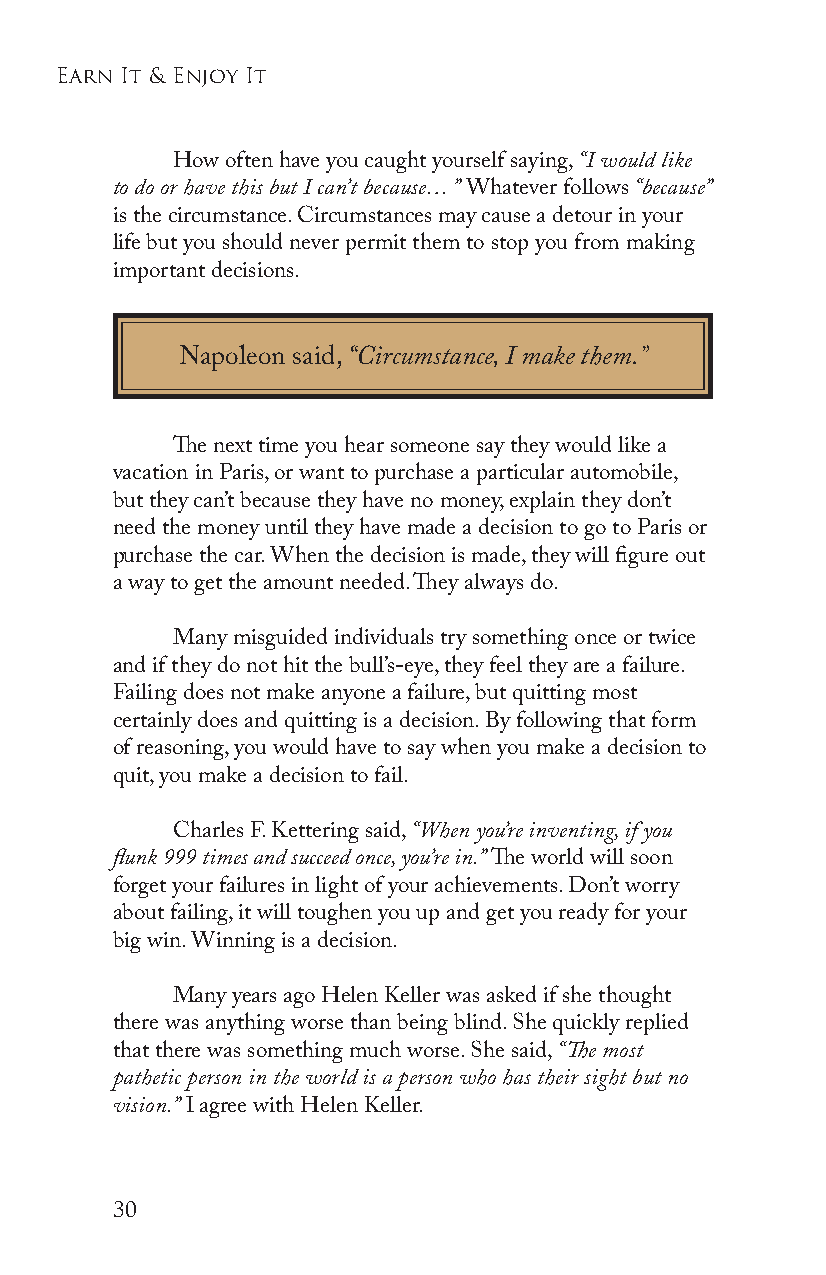
earn it & enjoy it
 How often have you caught yourself saying, “I would like
 to do or have this but I can’t because… ” Whatever follows “because”
 is the circumstance. Circumstances may cause a detour in your
 life but you should never permit them to stop you from making
 important decisions.
 Napoleon said, “Circumstance, I make them.”
 The next time you hear someone say they would like a
 vacation in Paris, or want to purchase a particular automobile,
 but they can’t because they have no money, explain they don’t
 need the money until they have made a decision to go to Paris or
 purchase the car. When the decision is made, they will figure out
 a way to get the amount needed. They always do.
 Many misguided individuals try something once or twice
 and if they do not hit the bull’s-eye, they feel they are a failure.
 Failing does not make anyone a failure, but quitting most
 certainly does and quitting is a decision. By following that form
 of reasoning, you would have to say when you make a decision to
 quit, you make a decision to fail.
 Charles F. Kettering said, “When you’re inventing, if you
 flunk 999 times and succeed once, you’re in.” The world will soon
 forget your failures in light of your achievements. Don’t worry
 about failing, it will toughen you up and get you ready for your
 big win. Winning is a decision.
 Many years ago Helen Keller was asked if she thought
 there was anything worse than being blind. She quickly replied
 that there was something much worse. She said, “The most
 pathetic person in the world is a person who has their sight but no
 vision.” I agree with Helen Keller.
 30